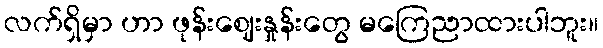
လက်ရှိမှာ ဟာ ဖုန်းဈေးနှုန်းတွေ မကြေညာထားပါဘူး။